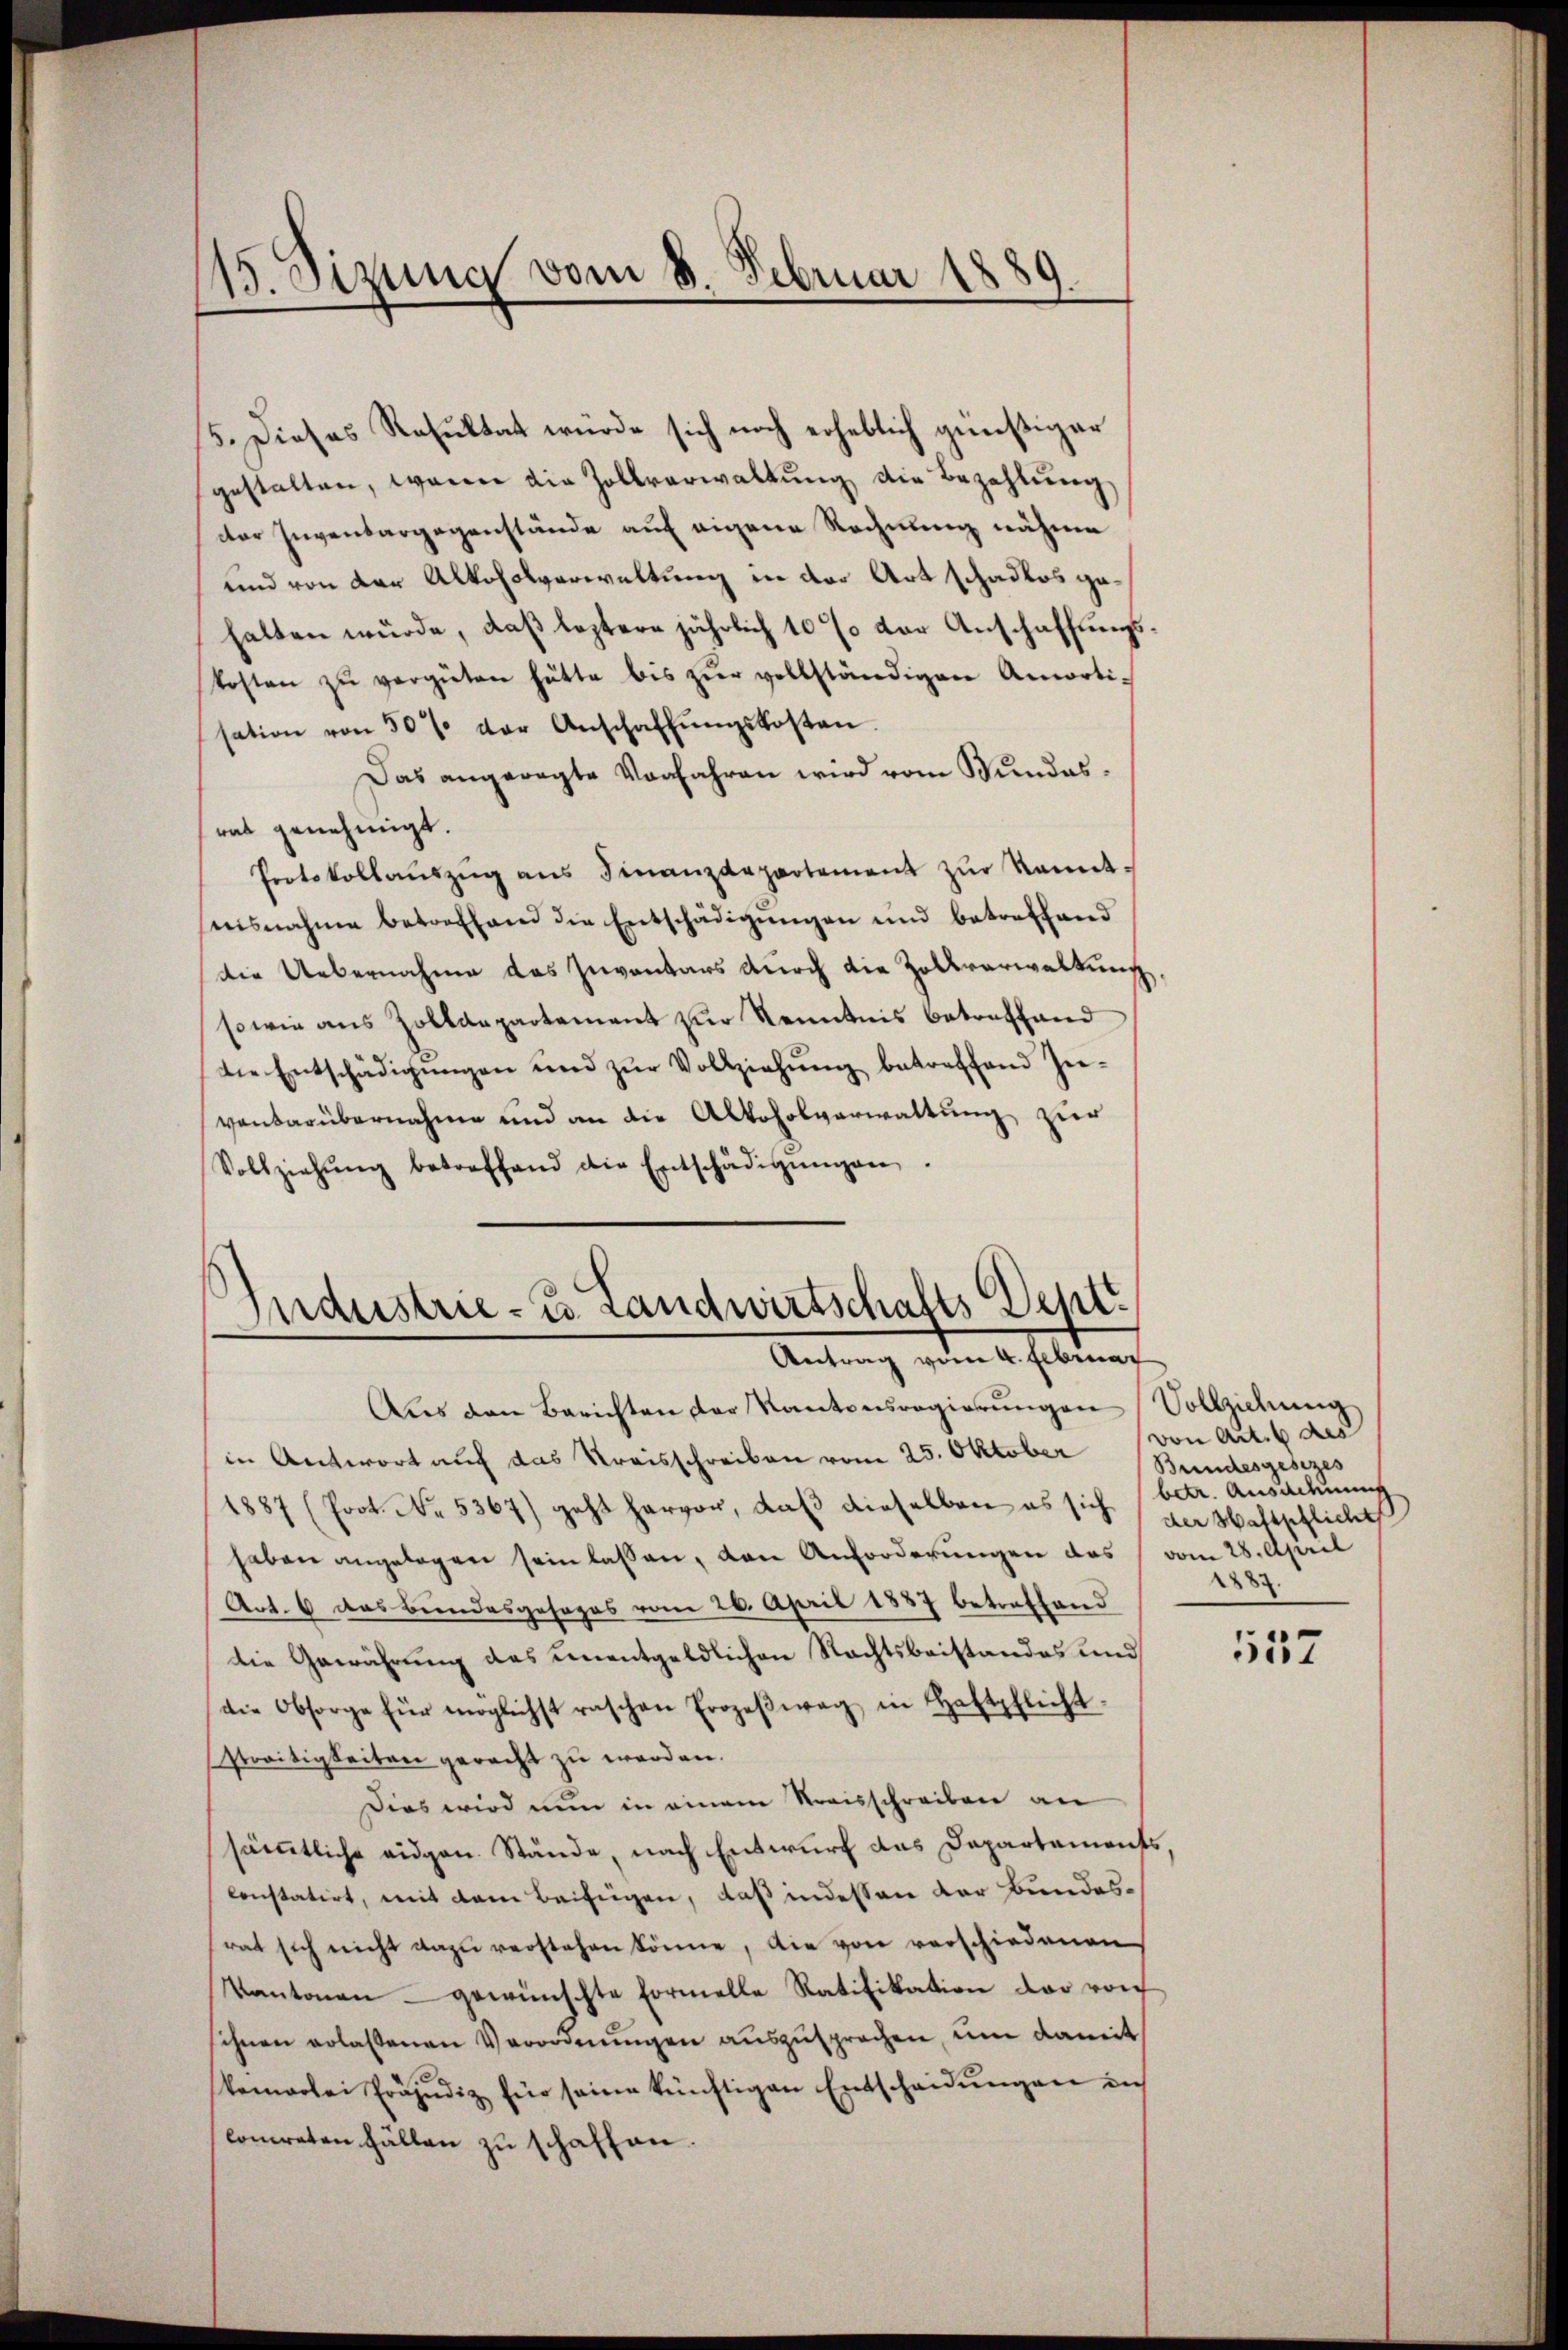
15. Sizung vom 8. Februar 1889.

5. Dieses Resultat würde sich noch erheblich günstiger
gestalten, wenn die Zollverwaltung die Bezahlung
der Inventargegenstände auf eigene Rechnung nähme
und von der Alkoholverwaltung in der Art schadlos gehalten würde, daß leztere jährlich 10 % der Anschaffungskosten zŭ vergüten hätte bis zŭr vollständigen Amortisation von 30% der Anschaffŭngskosten.
Das angeregte Vorfahren wird vom Wundesrat genehmigt.
Protokollaŭszŭg ans Finanzdepartement zŭr Kennt-
nisnahme betreffend die Entschädigungen und betreffend
die Uebernahme das Inventars durch die Zollverwaltung,
sowie aus Zolldepartement zur Kenntnis betreffend
die Entschädigŭngen und zŭr Vollziehung betreffend Zuvandarübernahme und an die Alkoholverwaltung zur
Vollziehŭng betreffend die Entschädigŭngen.

Industrie - u. Landwirtschafts Dept.
Antrag vom 4. Februar

Aus den Berichten der Kantonsregierŭngen Vollziehung
in Antwort auf das Kreisschreiben vom 25. Oktober Bundesgesezes
1887 (Joot. No. 5367) geht hervor, daß dieselben es sich der Waltschlicht
haben angelegen sein lassen, den Anforderungen das vom 28. April
Art. 6 das Bundesgesages vom 26. April 1887 betreffend
die Gewährung das unentgeldlichen Rechtsbeistandes und
die Obsorge für möglichst raschen Erozeβwag in Haftpflicht.
Streitigkeiten geracht zu werden.
Dies wird nun in einem Streisschreiben an
sämtliche eidgen. Stände, nach Entwurf das Departements
constatirt, mit dem Beifügen, daß indesten der Bundesrat sich nicht dazŭ verstehen könne, die von verschiedenen
Kantonau gewünschte Formelle Ratifikation der von
sihnen erlassenen Verordnŭngen auszusprechen, um damit
kemarlei Präjudiz für seine künftigen Entscheidŭngen in
conreten fällen zu schaffen.

von Art. 6 des
betr. Ausdehnung
2287.

557